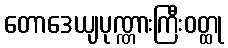
တောဒေယျပုဏ္ဏားကြီးဝတ္ထု